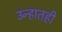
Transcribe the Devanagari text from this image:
उन्हातही